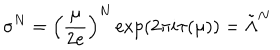
\sigma ^ { N } = \left( \frac { \mu } { 2 e } \right) ^ { N } \exp \left( 2 \pi i \tau ( \mu ) \right) = \tilde { \Lambda } ^ { N }